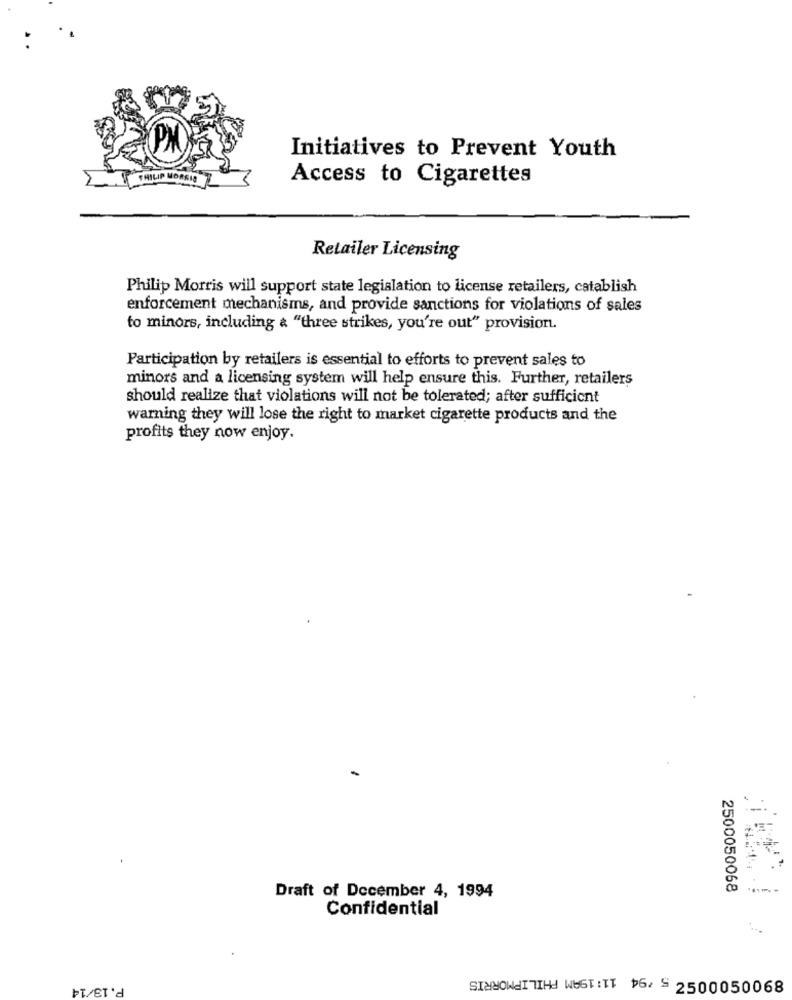
Initiatives to Prevent Youth
2
PHILIP MORRIS
Access to Cigarettes
Retailer Licensing
Philip Morris will support state legislation to license retailers, catablish
enforcement mechanisms, and provide sanctions for violations of sales
to minors, including & "three strikes, you're out" provision.
Participation by retailers is essential to efforts to prevent sales to
minors and a licensing system will help ensure this. Further, retailers
should realize that violations will not be tolerated; after sufficient
warning they will lose the right to market cigarette products and the
profits they now enjoy.
2500050068
Draft of December 4, 1994
Confidential
P. 13/14
SINCEITTHE WEST : TT $6/ S 2500050068